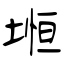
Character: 堩